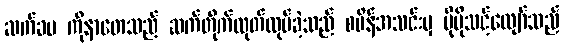
ဆက်ခပ ကိုနာတေသည် ဆက်တိုက်ထုတ်လုပ်ခဲ့သည် စပိန်အသင်းမှ ပိုမိုသင့်လျော်သည်